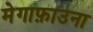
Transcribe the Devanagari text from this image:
मेगाफ़ाउना